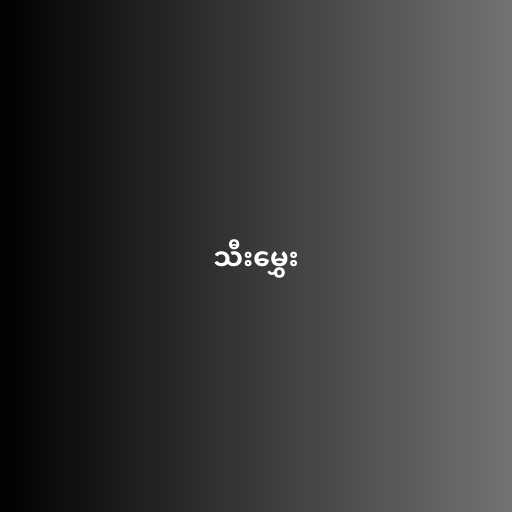
သီးမွှေး